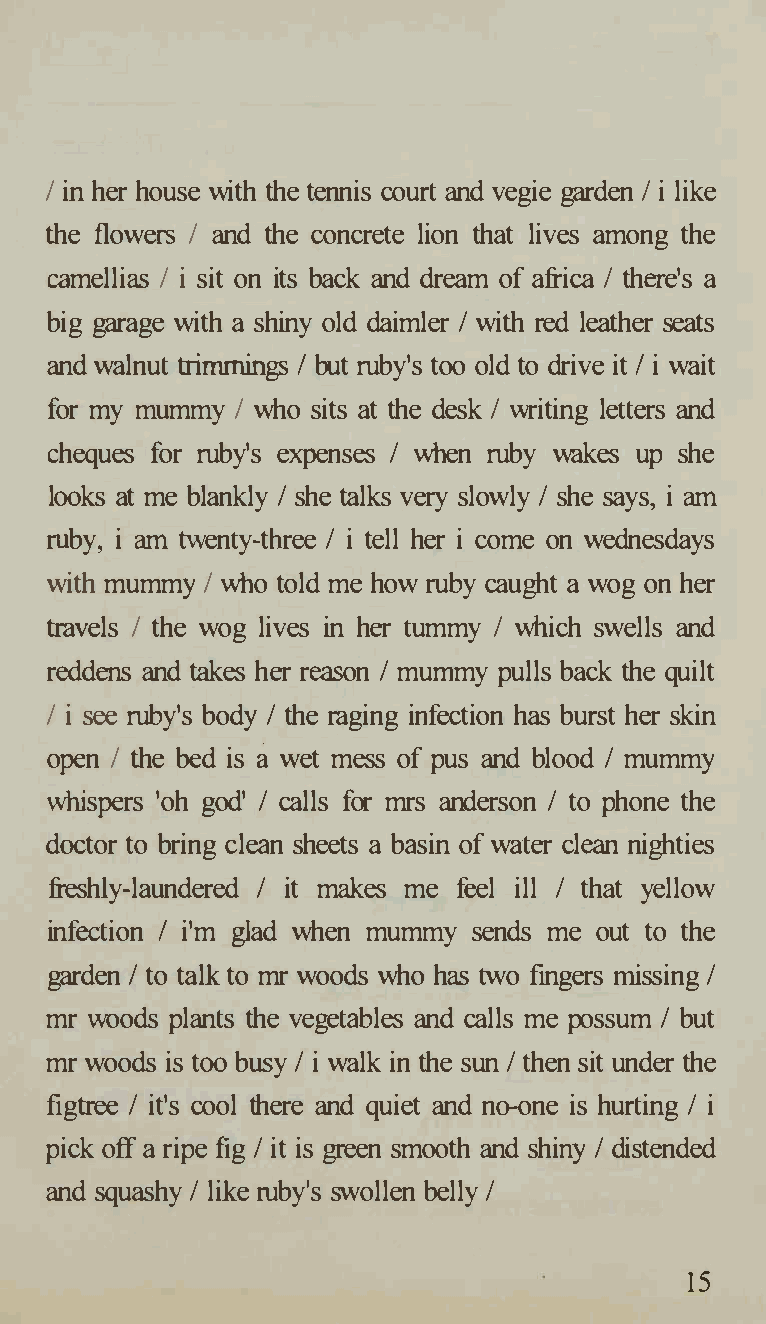
/ in her house with the tennis court and vegie garden/ i like
 the flowers / and the concrete lion that lives among the
 camellias / i sit on its back and dream of africa / there's a
 big garage with a shiny old daimler/ with red leather seats
 and walnut trimmings I but ruby's too old to drive it I i wait
 for my mummy/ who sits at the desk/ writing letters and
 cheques for ruby's expenses / when ruby wakes up she
 looks at me blankly/ she talks very slowly/ she says, i am
 ruby, i am twenty-three/ i tell her i come on wednesdays
 with mummy/ who told me how ruby caught a wog on her
 travels / the wog lives in her tummy / which swells and
 reddens and takes her reason / mummy pulls back the quilt
 / i see ruby's body/ the raging infection has burst her skin
 open / the bed is a wet mess of pus and blood / mummy
 whispers 'oh god' / calls for mrs anderson / to phone the
 doctor to bring clean sheets a basin of water clean nighties
 freshly-laundered / it makes me feel ill / that yellow
 infection I i'm glad when mummy sends me out to the
 garden/ to talk to mr woods who has two fingers missing/
 mr woods plants the vegetables and calls me possum/ but
 mr woods is too busy/ i walk in the sun/ then sit under the
 figtree / it's cool there and quiet and no-one is hurting / i
 pick off a ripe fig/ it is green smooth and shiny/ distended
 and squashy/ like ruby's swollen belly/
 15